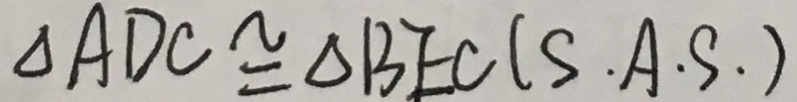
\Delta A D C \cong \Delta B E C ( S . A . S . )